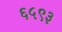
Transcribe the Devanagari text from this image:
६५९३